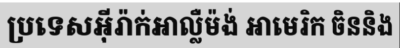
ប្រទេសអ៊ីរ៉ាក់អាល្លឺម៉ង់ អាមេរិក ចិននិង